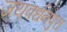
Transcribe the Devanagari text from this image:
जयवर्धनपुरा